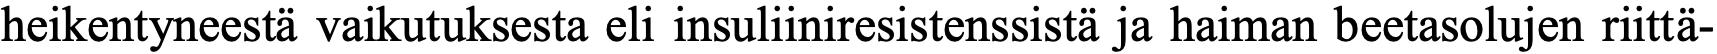
heikentyneestä vaikutuksesta eli insuliiniresistenssistä ja haiman beetasolujen riittä-